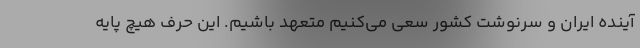
آینده ایران و سرنوشت کشور سعی می‌کنیم متعهد باشیم. این حرف هیچ پایه